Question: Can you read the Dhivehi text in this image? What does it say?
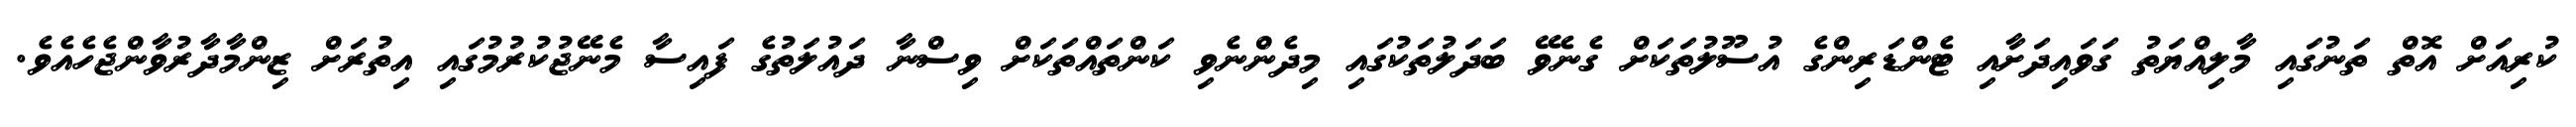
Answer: ކުރިއަށް އޮތް ތަނުގައި މާލިއްޔަތު ގަވައިދަށާއި ޓެންޑަރިންގެ އުސޫލުތަކަށް ގެނެވޭ ބަދަލުތަކުގައި މިދެންނެވި ކަންތައްތަކަށް ވިސްނާ ދައުލަތުގެ ފައިސާ މެނޭޖުކުރުމުގައި އިތުރަށް ޒިންމާދާރުވާންޖެހެއެވެ.